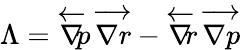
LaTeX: \Lambda=\overleftarrow{\nabla}\! \! p\, \overrightarrow{\nabla r}-\overleftarrow{\nabla}\! \! r\, \overrightarrow{\nabla p}